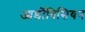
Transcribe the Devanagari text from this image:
आर्डोविसियन